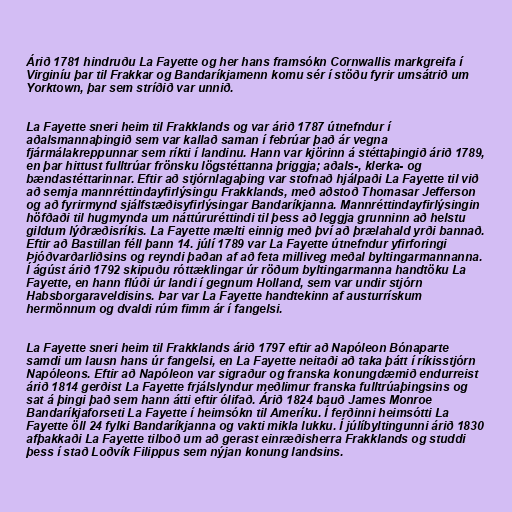
Árið 1781 hindruðu La Fayette og her hans framsókn Cornwallis markgreifa í
Virginíu þar til Frakkar og Bandaríkjamenn komu sér í stöðu fyrir umsátrið um
Yorktown, þar sem stríðið var unnið.

La Fayette sneri heim til Frakklands og var árið 1787 útnefndur í
aðalsmannaþingið sem var kallað saman í febrúar það ár vegna
fjármálakreppunnar sem ríkti í landinu. Hann var kjörinn á stéttaþingið árið 1789,
en þar hittust fulltrúar frönsku lögstéttanna þriggja; aðals-, klerka- og
bændastéttarinnar. Eftir að stjórnlagaþing var stofnað hjálpaði La Fayette til við
að semja mannréttindayfirlýsingu Frakklands, með aðstoð Thomasar Jefferson
og að fyrirmynd sjálfstæðisyfirlýsingar Bandaríkjanna. Mannréttindayfirlýsingin
höfðaði til hugmynda um náttúruréttindi til þess að leggja grunninn að helstu
gildum lýðræðisríkis. La Fayette mælti einnig með því að þrælahald yrði bannað.
Eftir að Bastillan féll þann 14. júlí 1789 var La Fayette útnefndur yfirforingi
Þjóðvarðarliðsins og reyndi þaðan af að feta milliveg meðal byltingarmannanna.
Í ágúst árið 1792 skipuðu róttæklingar úr röðum byltingarmanna handtöku La
Fayette, en hann flúði úr landi í gegnum Holland, sem var undir stjórn
Habsborgaraveldisins. Þar var La Fayette handtekinn af austurrískum
hermönnum og dvaldi rúm fimm ár í fangelsi.

La Fayette sneri heim til Frakklands árið 1797 eftir að Napóleon Bónaparte
samdi um lausn hans úr fangelsi, en La Fayette neitaði að taka þátt í ríkisstjórn
Napóleons. Eftir að Napóleon var sigraður og franska konungdæmið endurreist
árið 1814 gerðist La Fayette frjálslyndur meðlimur franska fulltrúaþingsins og
sat á þingi það sem hann átti eftir ólifað. Árið 1824 bauð James Monroe
Bandaríkjaforseti La Fayette í heimsókn til Ameríku. Í ferðinni heimsótti La
Fayette öll 24 fylki Bandaríkjanna og vakti mikla lukku. Í júlíbyltingunni árið 1830
afþakkaði La Fayette tilboð um að gerast einræðisherra Frakklands og studdi
þess í stað Loðvík Filippus sem nýjan konung landsins.